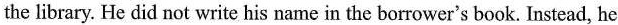
the library.He did not write his name in the borrower's book.Instead,he